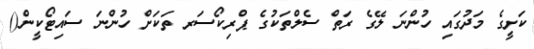
ކަށީގެ މަދުގައި ހުންނަ ލޭގެ ރަތް ސެލްތަކުގެ ޕްރިކޯސަރ ތަކަށް ހުންނަ ސައިޓޯކީން()